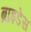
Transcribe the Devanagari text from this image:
ब्राइडेस